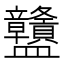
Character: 䀍